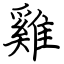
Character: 雞